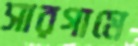
সারগামে